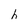
Character: h